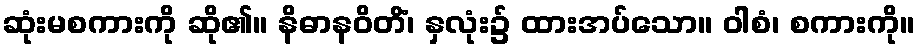
ဆုံးမစကားကို ဆို၏။ နိဓာနဝိတိံ၊ နှလုံး၌ ထားအပ်သော။ ဝါစံ၊ စကားကို။